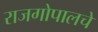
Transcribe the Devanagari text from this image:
राजगोपालचे